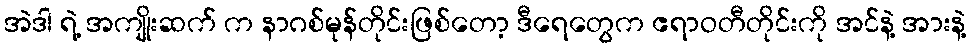
အဲဒါ ရဲ့ အကျိုးဆက် က နာဂစ်မုန်တိုင်းဖြစ်တော့ ဒီရေတွေက ဧရာဝတီတိုင်းကို အင်နဲ့ အားနဲ့